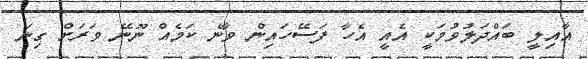
އާއިލީ ބައްދަލުވުމަކީ އެއީ އެހާ ފަސޭހައިން ވާނެ ކަމެއް ނޫނޭ ވަރަށް ގިނަ